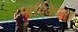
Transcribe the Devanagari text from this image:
मार्गिकेला